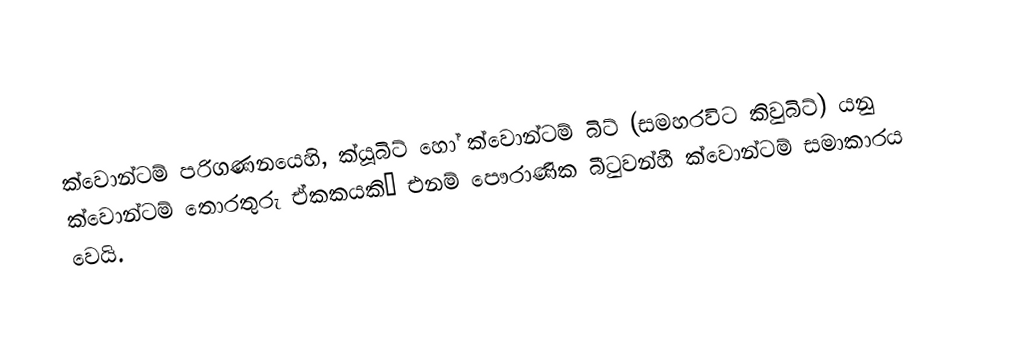
ක්වොන්ටම් පරිගණනයෙහි, ක්යූබිට්  හෝ ක්වොන්ටම් බිට් (සමහරවිට කිවුබිට්) යනු ක්වොන්ටම් තොරතුරු ඒකකයකි— එනම් පෞරාණික බීටුවන්හී ක්වොන්ටම් සමාකාරය වෙයි.